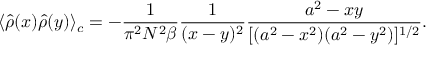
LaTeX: \langle \hat { \rho } ( x ) \hat { \rho } ( y ) \rangle _ { c } = - { \frac { 1 } { \pi ^ { 2 } N ^ { 2 } \beta } } { \frac { 1 } { ( x - y ) ^ { 2 } } } { \frac { a ^ { 2 } - x y } { [ ( a ^ { 2 } - x ^ { 2 } ) ( a ^ { 2 } - y ^ { 2 } ) ] ^ { 1 / 2 } } } .